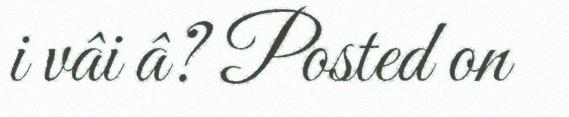
i vâi â? Posted on